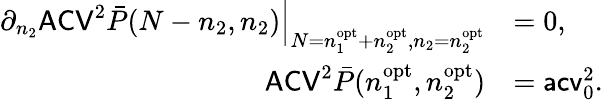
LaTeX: \begin{array}{rl}{\partial_{n_{2}}\mathsf{ACV}^{2}\bar{P}(N-n_{2},n_{2})\Big|_{N=n_{1}^{\mathrm{opt}}+n_{2}^{\mathrm{opt}},n_{2}=n_{2}^{\mathrm{opt}}}}&{=0,}\\ {\mathsf{ACV}^{2}\bar{P}(n_{1}^{\mathrm{opt}},n_{2}^{\mathrm{opt}})}&{=\mathsf{acv}_{0}^{2}.}\end{array}